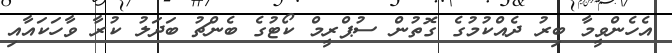
އެހެންވީމާ ބިރު ދެއްކުމުގެ ގޮތުން ސުޕްރީމް ކޯޓުގެ ބެންޗު ބަދަލު ކުރާ ވާހަކައާއި